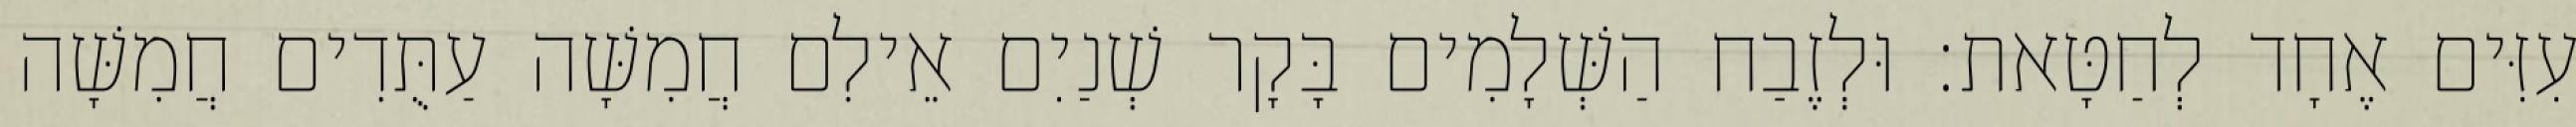
עִזִּים אֶחָד לְחַטָּאת׃ וּלְזֶבַח הַשְּׁלָמִים בָּקָר שְׁנַיִם אֵילִם חֲמִשָּׁה עַתֻּדִים חֲמִשָּׁה